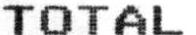
TOTAL